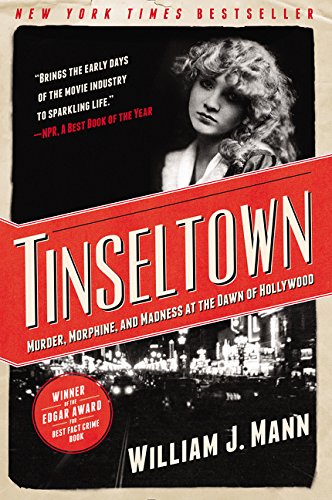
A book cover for Tinseltown: Murder, Morphine, and Madness at the Dawn of Hollywood; William J. Mann; Humor & Entertainment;